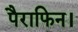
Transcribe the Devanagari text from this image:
पैराफिन।